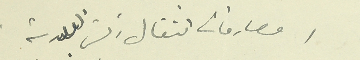
مصارفات انتقال رئيس البلدية